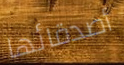
أصدقائها